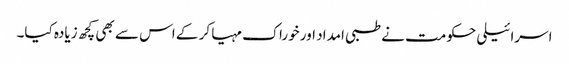
اسرائیلی حکومت نے طبی امداد اور خوراک مہیا کر کے اس سے بھی کچھ زیادہ کیا۔